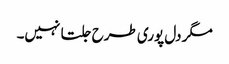
مگر دل پوری طرح جلتا نہیں۔